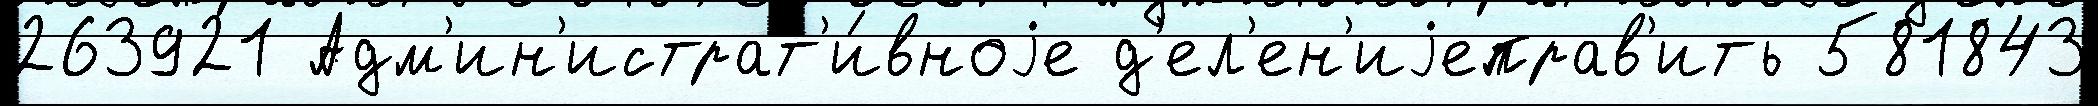
263921 Адм'ин'истрат'и́вноjе д'ел'ен'иjеправ'ить 581843